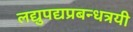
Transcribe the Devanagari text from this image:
लद्युपद्यप्रबन्धत्रयी